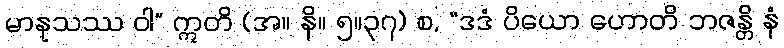
မာနုသဿ ဝါ” ဣတိ (အ။ နိ။ ၅။၃၇) စ, “ဒဒံ ပိယော ဟောတိ ဘဇန္တိ နံ